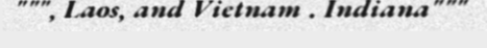
""", Laos, and Vietnam . Indiana"""